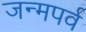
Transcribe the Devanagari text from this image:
जन्मपर्व